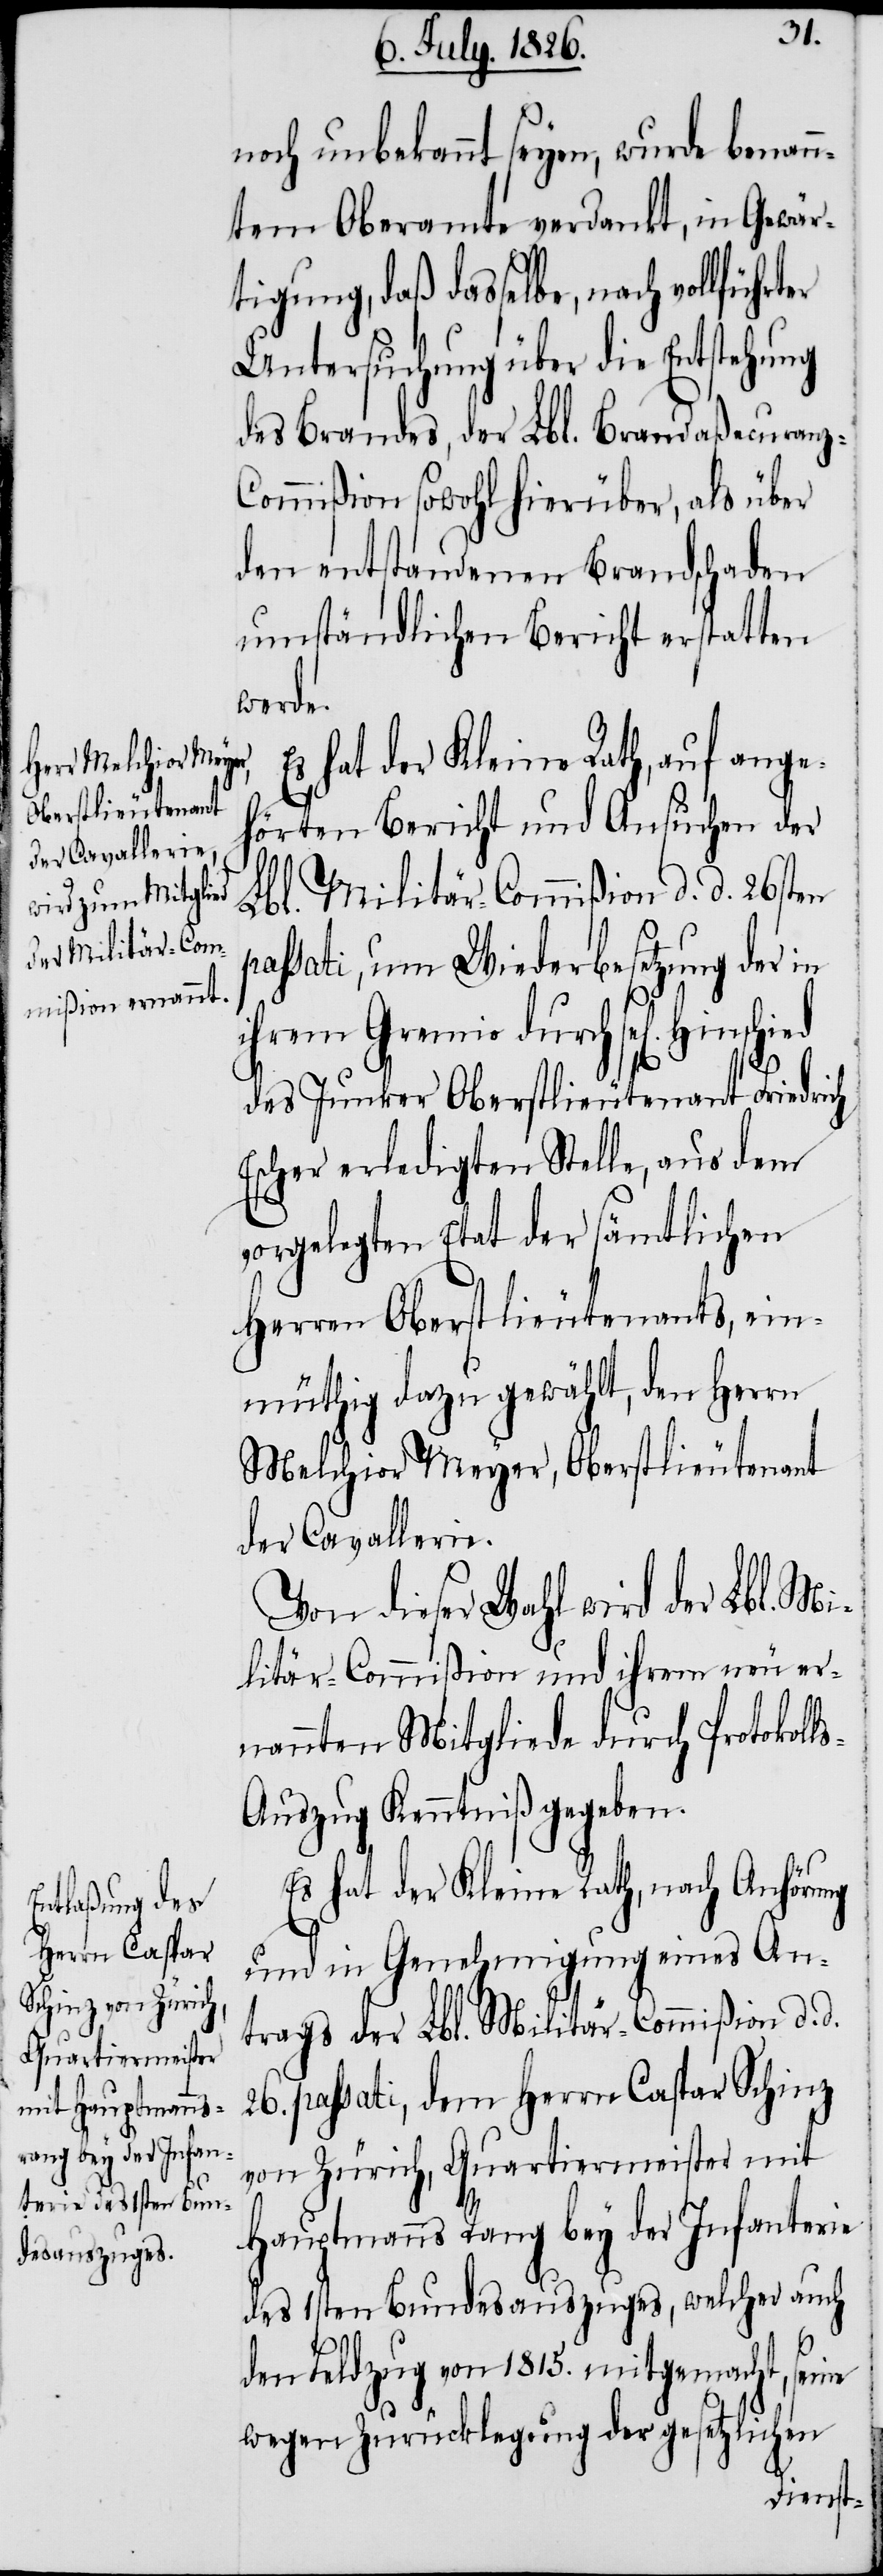
noch unbekannt seyen, wurde benan¬
ntem Oberamte verdankt, in Gewär¬
tigung, daß dasselbe, nach vollfüh¬
Untersuchung über die Entstehung
des Brandes, der Lbl. Brandaßecuranz-C¬
ommißion sowohl hierüber, als über
den entstandenen Brandschaden
umständlichen Bericht erstatten
werde.
Es hat der Kleine Rath, auf ange¬
hörten Bericht und Ansuchen der
Lbl. Militär-Commißion d. d. 26sten
passati, um Wiederbesetzung der in
ihrem Gremio durch sel.
des Junker Oberstlieutenant Friedrich
Escher erledigten Stelle, aus dem
vorgelegten Etat der sämtlichen
Herren Oberstlieutenant, ein¬
müthig dazu gewählt, den Herrn
Melchior Meyer, Oberstlieutenant
der Cavallerie.
Von dieser Wahl wird der Lbl. Mi¬
litär-Commißion und ihrem neu er¬
nannten Mitgliede durch Protokoll¬
s-Auszug Kenntniß gegeben.
Es hat der Kleine Rath, nach Anhörung
und in Genehmigung eines An¬
trags der Lbl. Militär-Commißion d. d.
26. passati, dem Herrn Caspar Schinz
von Zürich, Quartiermeister mit
Hauptmanns Rang bey der Infanterie
des 1sten Bundesauszuges, welcher auch
den Feldzug von 1815. mitgemacht, seine
wegen Zurücklegung der gesetzlichen